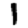
Digit: 1